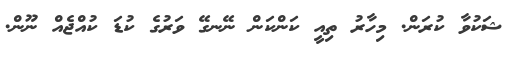
ޝަކުވާ ކުރަން. މިހާރު ތިއީ ކަންކަން ނޭނގޭ ވަރުގެ ކުޑަ ކުއްޖެއް ނޫން.